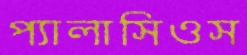
প্যালাসিওস